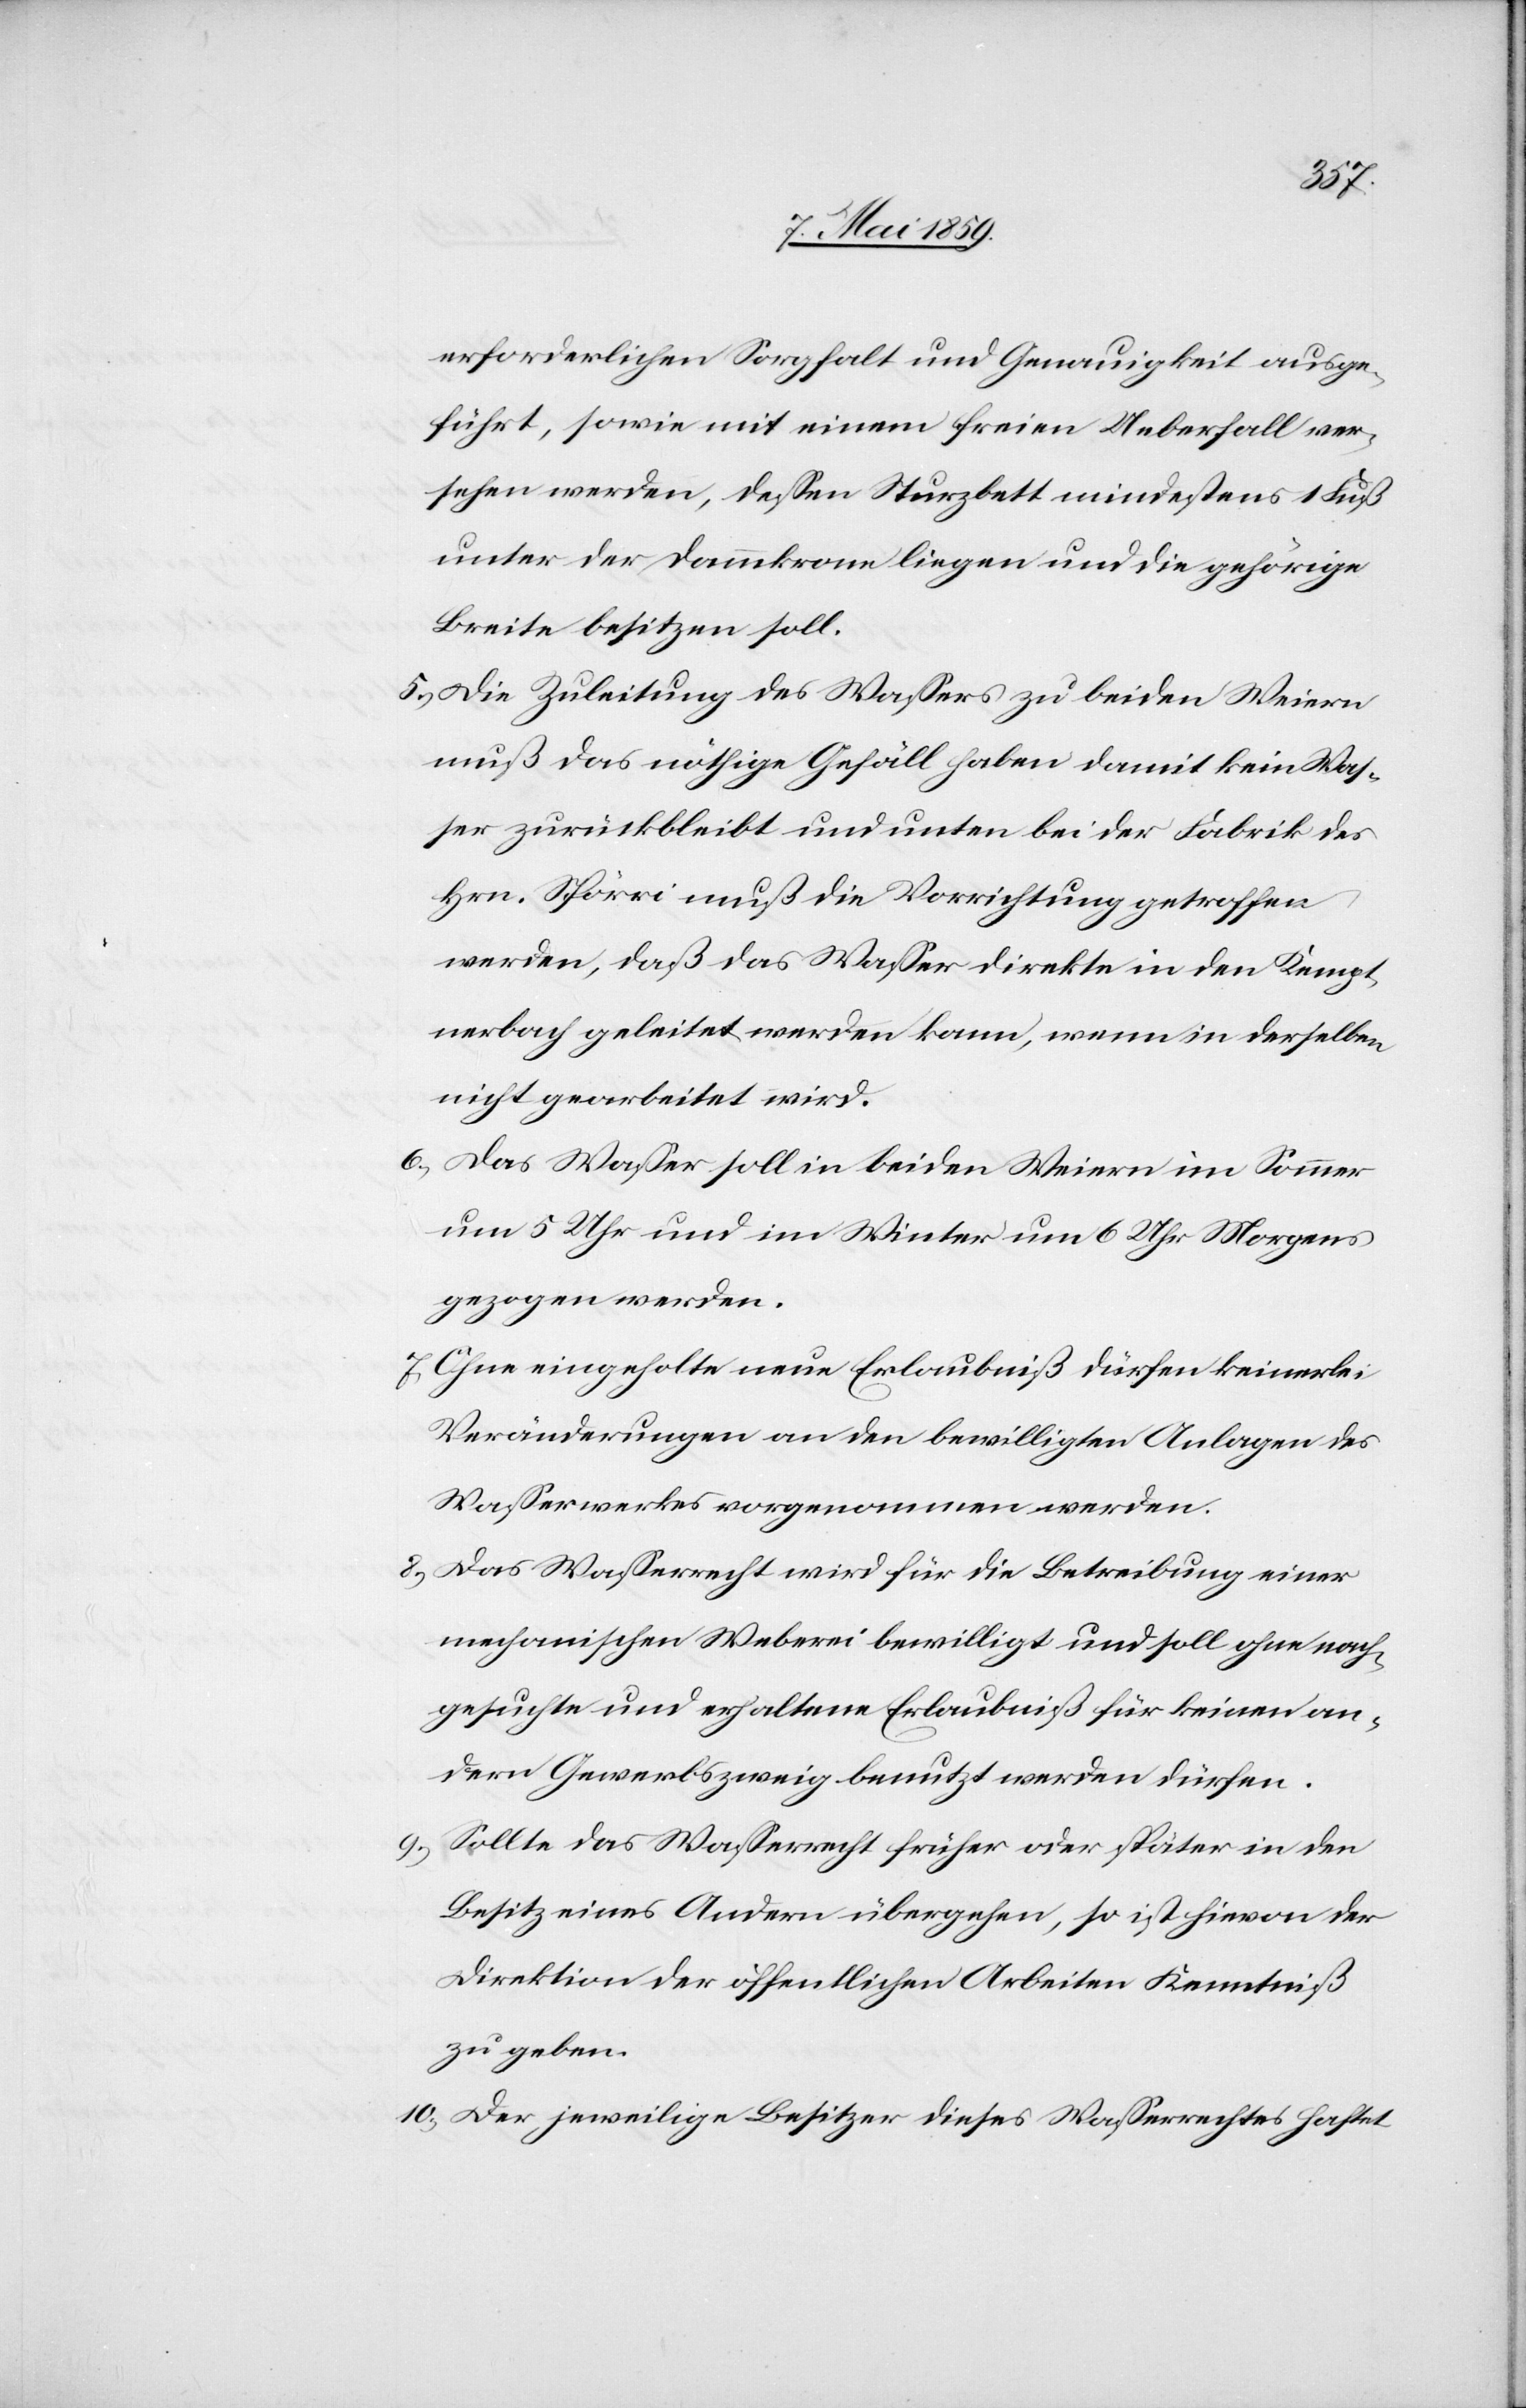
erforderlichen Sorgfalt und Genauigkeit ausge¬
führt, sowie mit einem freien Ueberfall ver¬
sehen werden, deßen Sturzbett mindestens 1 Fuß
unter der Dammkrone liegen und die gehörige
Breite besitzen soll.
5) Die Zuleitung des Waßers zu beiden Weiern
muß das nöthige Gefäll haben damit kein Waß¬
er zurückbleibt und unten bei der Fabrik des
Hrn. Spörri muß die Vorrichtung getroffen
werden, daß das Waßer direkte in den Kempt¬
nerbach geleitet werden kann, wenn in derselben
nicht gearbeitet wird.
6) Das Waßer soll in beiden Weiern im Sommer
um 5 Uhr und im Winter um 6 Uhr Morgens
gezogen werden.
7) Ohne eingeholte neue Erlaubniß dürfen keinerlei
Veränderungen an den bewilligten Anlagen des
Waßerwerkes vorgenommen werden.
8) Das Waßerrecht wird für die Betreibung einer
mechanischen Weberei bewilligt und soll ohne nach¬
gesuchte und erhaltene Erlaubniß für keinen an¬
dern Gewerbszweig benutzt werden dürfen.
9) Sollte das Waßerrecht früher oder später in den
Besitz eines Andern übergehen, so ist hievon der
Direktion der öffentlichen Arbeiten Kenntniß
zu geben.
10) Der jeweilige Besitzer dieses Waßerrechtes haftet